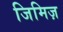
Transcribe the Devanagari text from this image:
जिमिज़